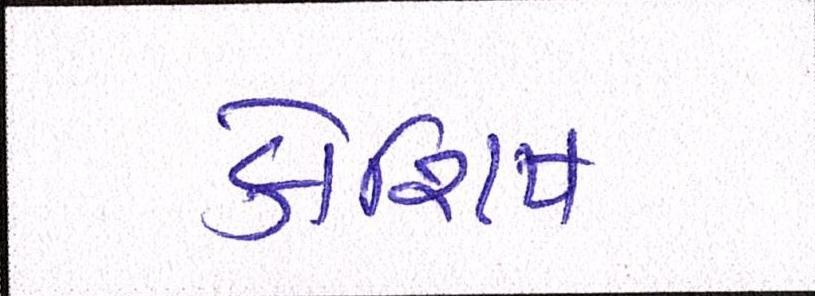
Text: કોશિષ